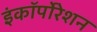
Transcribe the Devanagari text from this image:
इंकॉर्पोरेशन